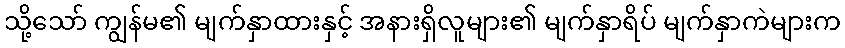
သို့သော် ကျွန်မ၏ မျက်နှာထားနှင့် အနားရှိလူများ၏ မျက်နှာရိပ် မျက်နှာကဲများက